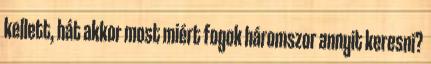
kellett, hát akkor most miért fogok háromszor annyit keresni?